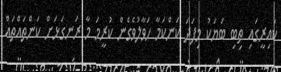
ކައިރީގައި ތިބި ބަޔަކު މިފަދަ ކަންކަމާ ހަވާލުވެގެން ކުރީމަ މާ ރަނގަޅަށް ކަންތައްތައް